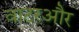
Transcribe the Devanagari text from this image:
वाटरऔर